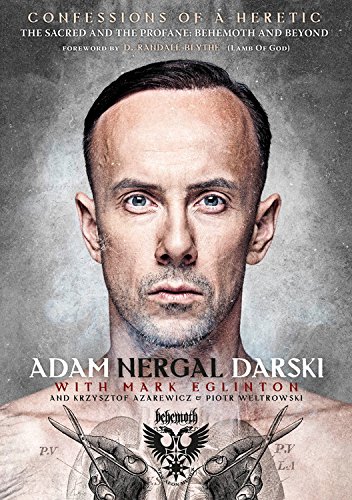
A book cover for Confessions Of A Heretic: The Sacred And The Profane: Behemoth And Beyond; Adam Nergal Darski; Arts & Photography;